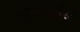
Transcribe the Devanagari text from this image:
ओवरटोंस